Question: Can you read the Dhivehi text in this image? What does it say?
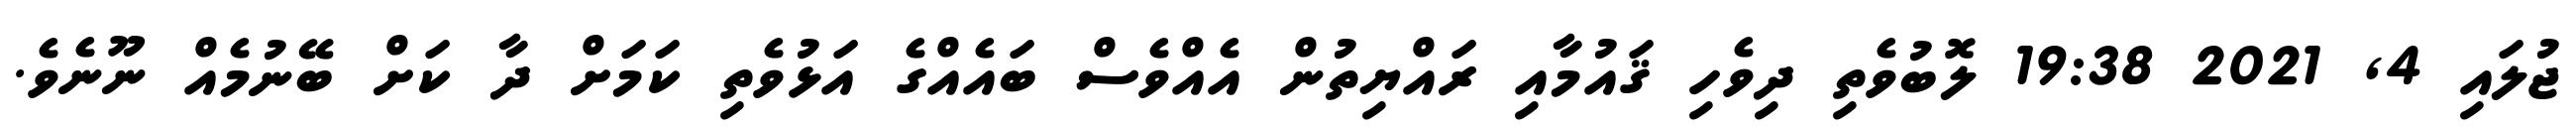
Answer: ޖުލައި 4, 2021 19:38 ލޮބުވެތި ދިވެހި ޤައުމާއި ރައްޔިތުން އެއްވެސް ބައެއްގެ އަޅުވެތި ކަމަށް ދާ ކަށް ބޭނުމެއް ނޫނެވެ.